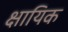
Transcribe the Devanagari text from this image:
क्षायिक